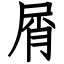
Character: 屑